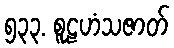
၅၃၃. စူဠဟံသဇာတ်